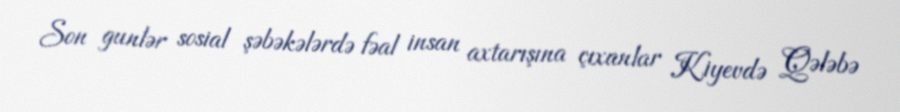
Son gunlər sosial şəbəkələrdə fəal insan axtarışına çıxanlar Kiyevdə Qələbə